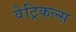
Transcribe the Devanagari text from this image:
वेट्रिकल्स